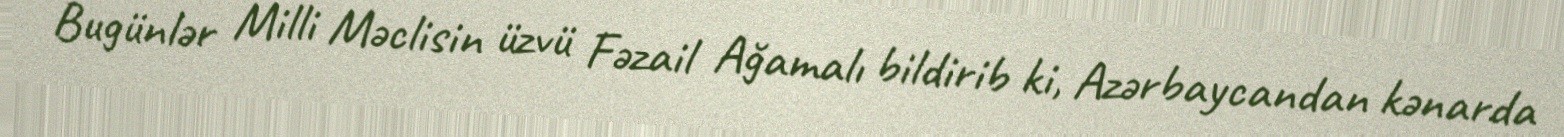
Bugünlər Milli Məclisin üzvü Fəzail Ağamalı bildirib ki, Azərbaycandan kənarda